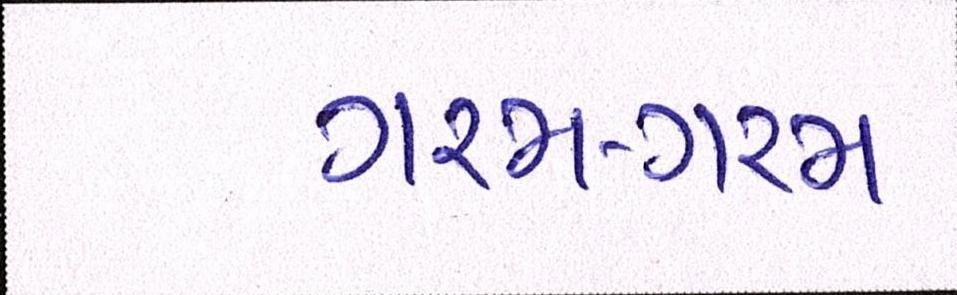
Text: ગરમ-ગરમ